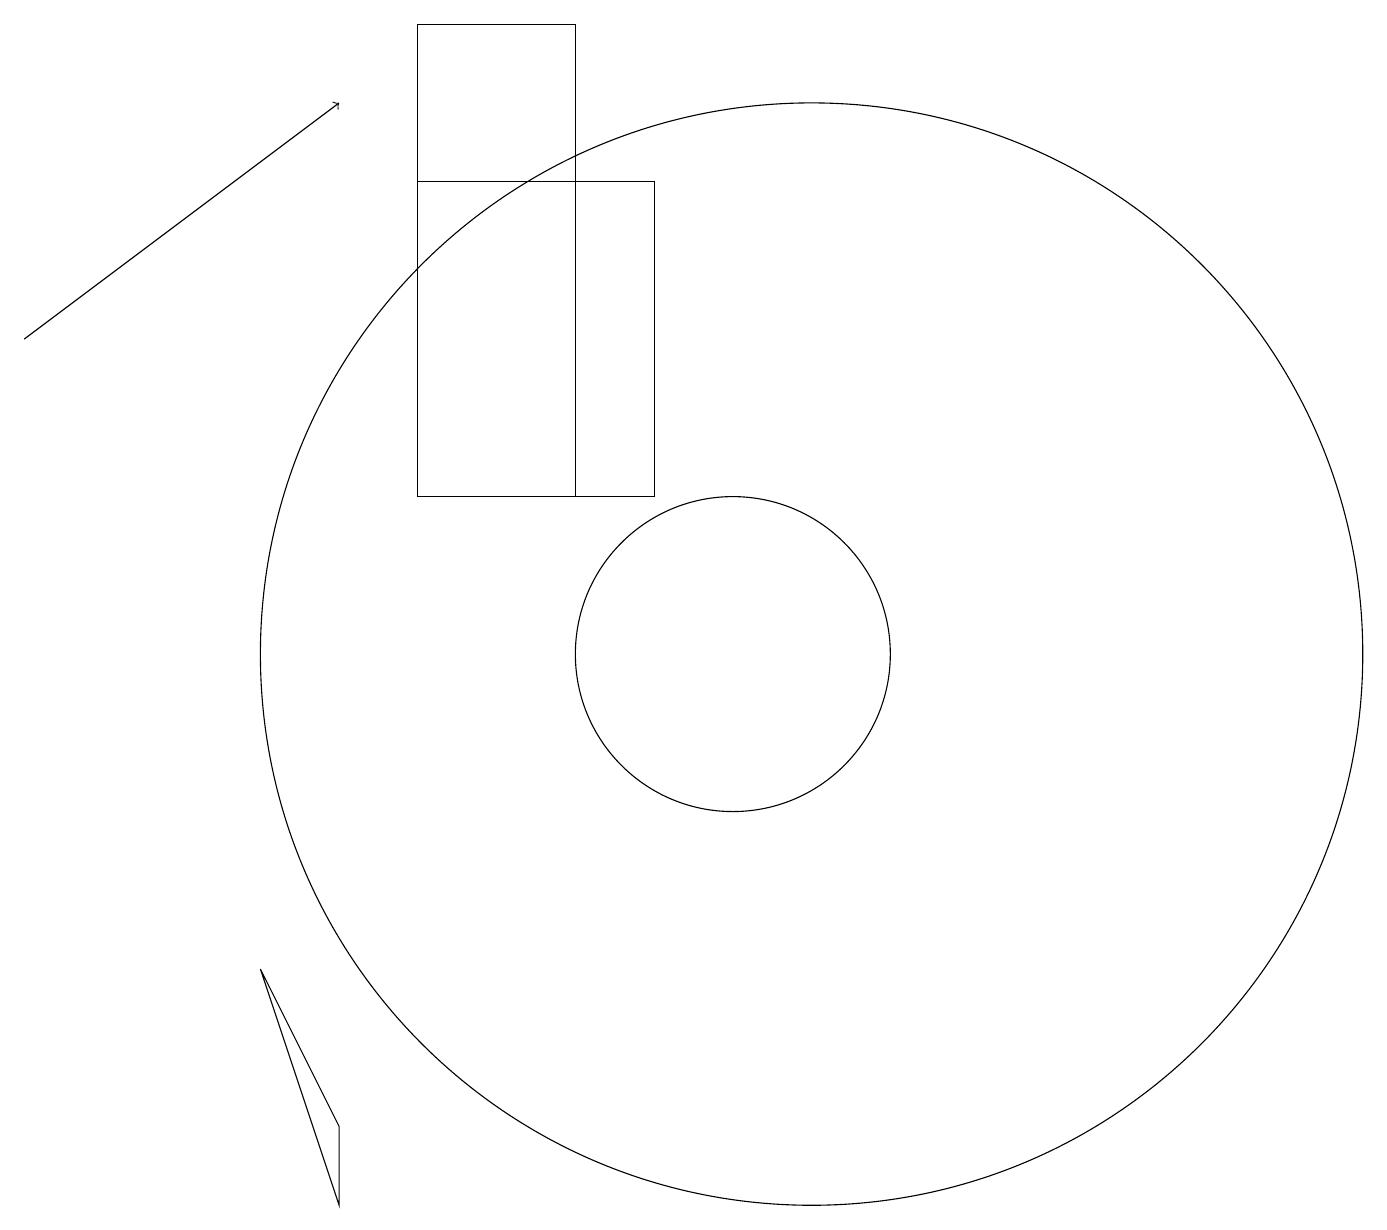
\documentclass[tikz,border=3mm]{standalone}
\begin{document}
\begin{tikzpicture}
\draw (9,12) rectangle (6,16);
\draw (4,6) -- (5,4) -- (5,3) -- cycle;
\draw (10,10) circle (2);
\draw (8,12) rectangle (6,18);
\draw (11,10) circle (7);
\draw[->] (1,14) -- (5,17);
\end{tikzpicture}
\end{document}